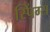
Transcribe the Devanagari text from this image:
स्पिंग्स